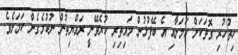
ހިތުހުރި ގޮތަކަށް ކަމަށާއި އެ ބޭފުޅުން މައިތިރި ކުރެވޭނީ ރައްޔިތުން ނުކުމެގެން ކަމަށެވެ.